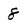
Character: 8